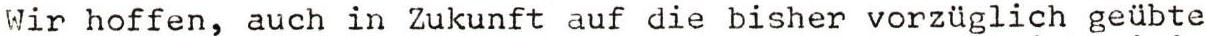
Wir hoffen, auch in Zukunft auf die bisher vorzüglich geübte